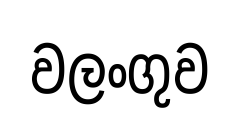
වලංගුව